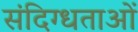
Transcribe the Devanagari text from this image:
संदिग्धताओं